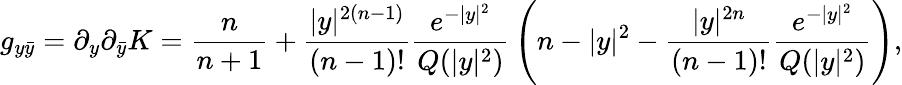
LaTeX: g_{y\bar{y}}=\partial_{y}\partial_{\bar{y}}K=\frac n{n+1}+{\frac{|y|^{2(n-1)}}{(n-1)!}}{\frac{e^{-|y|^{2}}}{Q(|y|^{2})}}\left(n-|y|^{2}-{\frac{|y|^{2n}}{(n-1)!}}{\frac{e^{-|y|^{2}}}{Q(|y|^{2})}}\right),